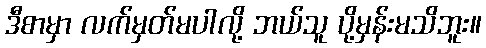
ဒီစာမှာ လက်မှတ်မပါလို့ ဘယ်သူ ပို့မှန်းမသိဘူး။